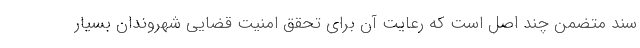
سند متضمن چند اصل است که رعایت آن برای تحقق امنیت قضایی شهروندان بسیار